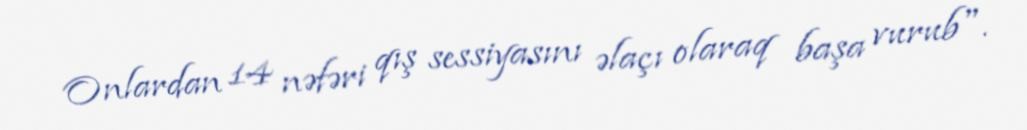
Onlardan 14 nəfəri qış sessiyasını əlaçı olaraq başa vurub".